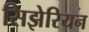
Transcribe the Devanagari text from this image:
सिझेरियन